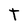
Character: t